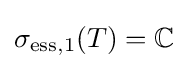
\sigma _{\mathrm {ess} ,1}(T)=\mathbb {C}